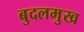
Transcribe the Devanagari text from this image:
बुदलमुख